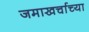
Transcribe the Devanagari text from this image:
जमाखर्चाच्या